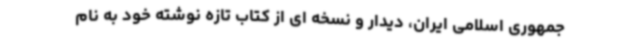
جمهوری اسلامی ایران، دیدار و نسخه ای از کتاب تازه نوشته خود به نام